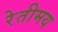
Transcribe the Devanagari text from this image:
रेतीमय